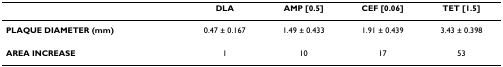
<table><thead><tr><td></td><td><b>DLA</b></td><td><b>AMP [0.5]</b></td><td><b>CEF [0.06]</b></td><td><b>TET [1.5]</b></td></tr></thead><tbody><tr><td><b>PLAQUE DIAMETER (mm)</b></td><td>0.47 ± 0.167</td><td>1.49 ± 0.433</td><td>1.91 ± 0.439</td><td>3.43 ± 0.398</td></tr><tr><td><b>AREA INCREASE</b></td><td>1</td><td>10</td><td>17</td><td>53</td></tr></tbody></table>